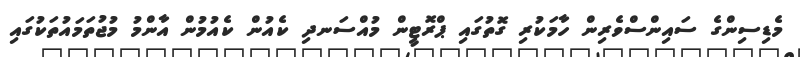
މެޑިސިންގެ ސައިންސްވެރިން ހާމަކުރި ގޮތުގައި ޕްރޮޓީން މުއްސަނދި ކެއުން ކެއުމުން އާންމު މުޖުތަމައުތަކުގައި